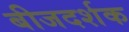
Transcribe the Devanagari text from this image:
बीजदर्शक